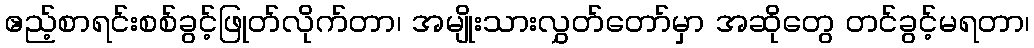
ဧည့်စာရင်းစစ်ခွင့်ဖြုတ်လိုက်တာ၊ အမျိုးသားလွှတ်တော်မှာ အဆိုတွေ တင်ခွင့်မရတာ၊